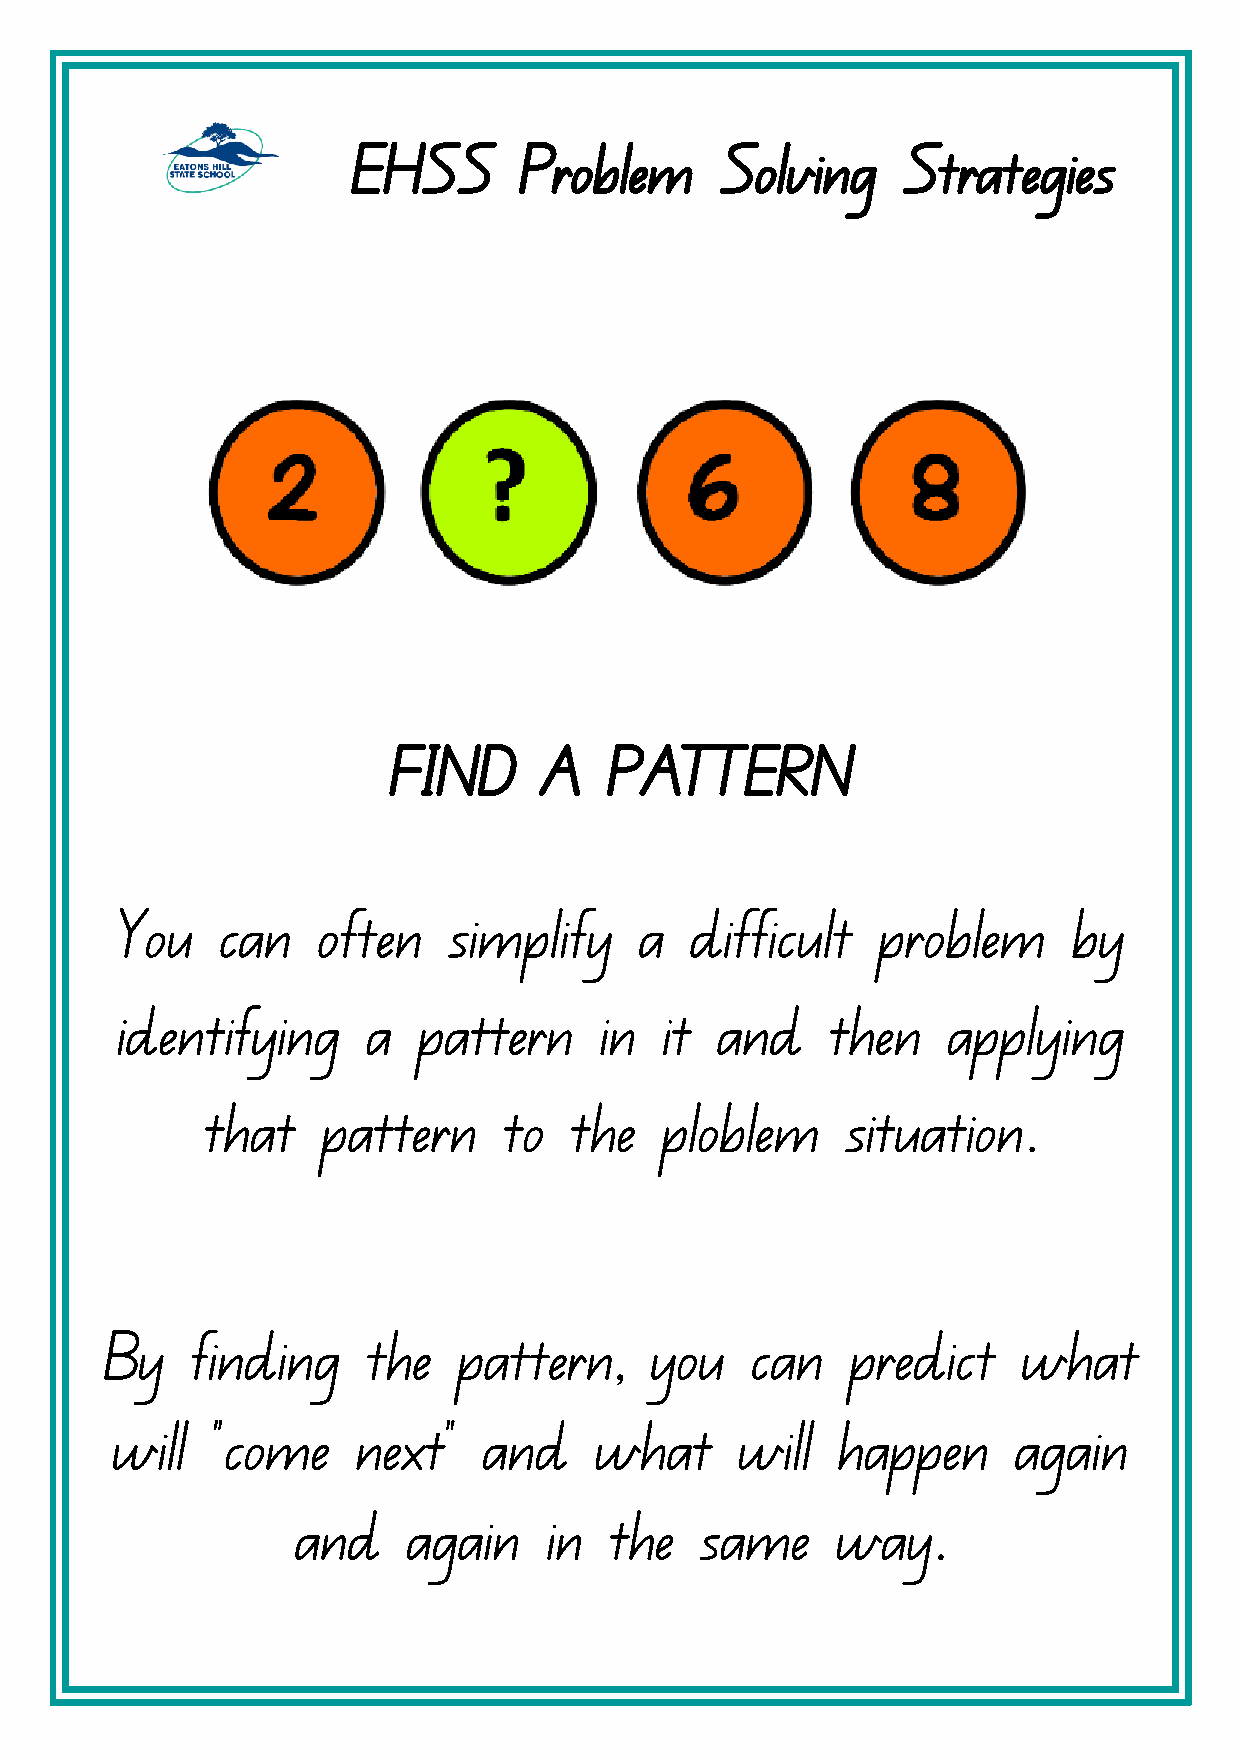
EHSS       Problem       Solving     Strategies
 FIND      A   PATTERN
 You   can    often    simplify    a   difficult   problem      by
 identifying     a   pattern     in  it and     then    applying
 that    pattern     to   the   ploblem     situation.
 By    finding    the   pattern,     you    can   predict     what
 will   "come     next"   and    what      will  happen      again
 and    again    in  the   same     way.